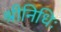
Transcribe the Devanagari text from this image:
श्रीनिधिः